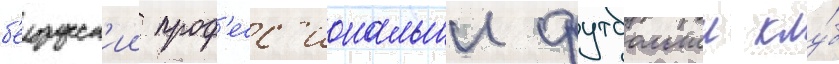
б'елорусск'ии проф'есс'иональныи футбольныи клу́б